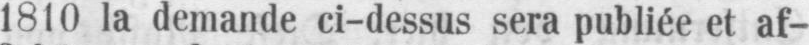
1810 la demande ci-dessus sera publiée et af-